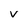
Character: v